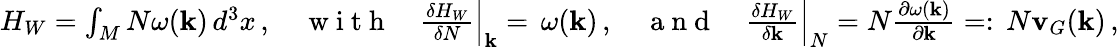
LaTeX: \begin{array}{r}{H_{W}=\int_{M}N\omega({\mathbf{k}})\, d^{3}x\, ,\quad\mathrm{~w~i~t~h~}\quad\frac{\delta H_{W}}{\delta N}\Big|_{{\mathbf{k}}}=\, \omega({\mathbf{k}})\, ,\quad\mathrm{~a~n~d~}\quad\frac{\delta H_{W}}{\delta{\mathbf{k}}}\Big|_{N}=N\frac{\partial\omega({\mathbf{k}})}{\partial{\mathbf{k}}}=:\, N{\mathbf{v}}_{G}({\mathbf{k}})\, ,}\end{array}